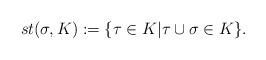
LaTeX: \begin{align*}st(\sigma,K):=\{\tau\in K|\tau\cup\sigma\in K\}.\end{align*}